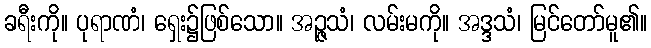
ခရီးကို။ ပုရာဏံ၊ ရှေး၌ဖြစ်သော။ အဉ္ဇသံ၊ လမ်းမကို။ အဒ္ဒသံ၊ မြင်တော်မူ၏။